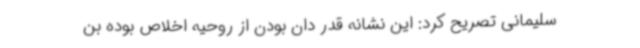
سلیمانی تصریح کرد:‌ این نشانه قدر دان بودن از روحیه اخلاص بوده بن